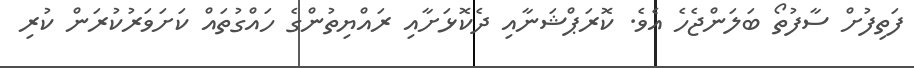
ފަތިފުށް ސާފުތޯ ބަލަންޖެހެ އެވެ. ކޮރަޕްޝަނާއި ދެކޮޅަށާއި ރައްޔިތުންގެ ހައްގުތައް ކަށަވަރުކުރަން ކުރި